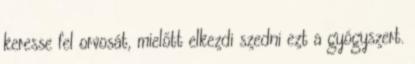
keresse fel orvosát, mielőtt elkezdi szedni ezt a gyógyszert.